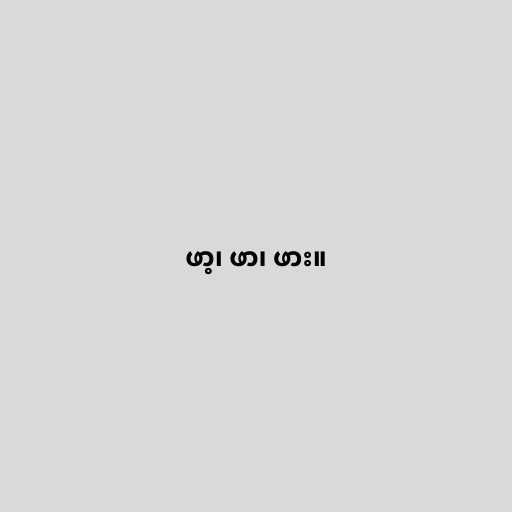
ဖာ့၊ ဖာ၊ ဖား။